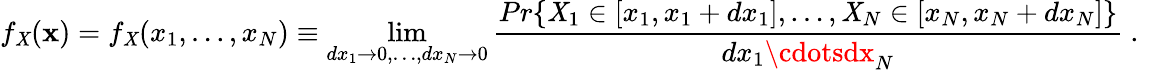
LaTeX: f_{\mathit{X}}({\mathbf{x}})=f_{\mathit{X}}(x_{1},\dots,x_{N})\equiv\operatorname*{lim}_{dx_{1}\to0,\dots,dx_{N}\to0}\frac{{Pr\{ \mathit{X}_{1}\in[x_{1},x_{1}+dx_{1}],\dots,\mathit{X}_{N}\in[x_{N},x_{N}+dx_{N}]\} }}{{dx_{1}\cdotsdx_{N}}}\mathrm{{~.~}}